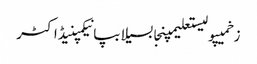
زخمیپولیستعلیمپنجابسیلابپانیکمپنیڈاکٹر